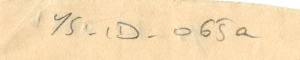
YS-1D - 065a